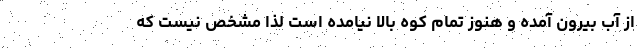
از آب بیرون آمده و هنوز تمام کوه بالا نیامده است لذا مشخص نیست که